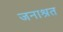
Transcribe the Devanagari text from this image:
जनाश्रत